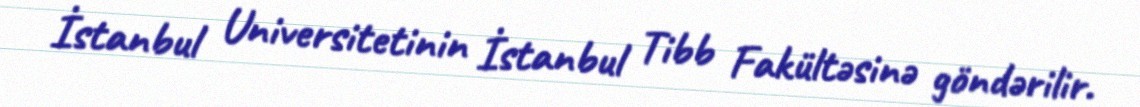
İstanbul Universitetinin İstanbul Tibb Fakültəsinə göndərilir.